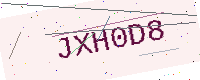
Text: JXH0D8